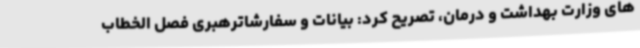
های وزارت بهداشت و درمان، تصریح کرد: بیانات و سفارشاترهبری فصل الخطاب